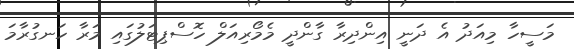
މަސީހާ މިއަދު އެ ދަނީ އިންދިރާ ގާންދީ މެމޯރިއަލް ހޮސްޕިޓަލުގައި މަރާ ހަނގުރާމަ